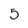
Character: 5